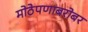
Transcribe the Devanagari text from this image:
मोठेपणाबरोबर